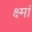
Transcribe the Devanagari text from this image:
क्ष्मां